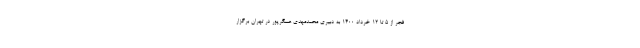
فجر از ۵ تا ۱۲ خرداد ۱۴۰۰ به دبیری محمدمهدی عسگرپور در تهران برگزار